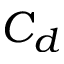
C _ { d }